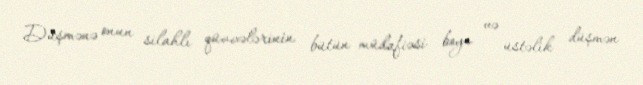
Düşmənə onun silahlı qüvvələrinin bütün müdafiəsi boyu və üstəlik düşmən